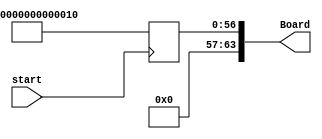
`timescale 1ns / 1ps
//////////////////////////////////////////////////////////////////////////////////
// Company: 
// Engineer: 
// 
// Design Name: 
// Module Name:    StartGame 
// Project Name: 
// Target Devices: 
// Tool versions: 
// Description: 
//
// Dependencies: 
//
// Revision: 
// Revision 0.01 - File Created
// Additional Comments: 
//
//////////////////////////////////////////////////////////////////////////////////
module StartGame(
   input wire start,
	//input wire clk,
	output wire [63:0] Board
    );
	reg [63:0] slots = {1'b0, 1'b0, 1'b0, 1'b0, 1'b0, 1'b0, 1'b0, 1'b0,
	                    1'b0, 1'b0, 1'b0, 1'b0, 1'b0, 1'b0, 1'b0, 1'b0,
					        1'b0, 1'b0, 1'b0, 1'b0, 1'b0, 1'b0, 1'b0, 1'b0,
		        			  1'b0, 1'b0, 1'b0, 1'b0, 1'b0, 1'b0, 1'b0, 1'b0,
		        		     1'b0, 1'b0, 1'b0, 1'b0, 1'b0, 1'b0, 1'b0, 1'b0,
		        		     1'b0, 1'b0, 1'b0, 1'b0, 1'b0, 1'b0, 1'b0, 1'b0,
			        		  1'b0, 1'b0, 1'b0, 1'b0, 1'b0, 1'b0, 1'b0, 1'b0,
			        		  1'b0, 1'b0, 1'b0, 1'b0, 1'b0, 1'b0, 1'b0, 1'b0
			        	     };
   //wire [63:0] TmpBoard;
	
   //GenerateNewNumber e0(.ifDo(start), .slots(slots), .board(TmpBoard));
	//GenerateNewNumber e1(.ifDo(start), .slots(TmpBoard), .board(Board));
	always@(posedge start) begin
	   slots = {1'b0, 1'b0, 1'b0, 1'b0, 1'b0, 1'b0, 1'b0, 1'b1,
	            1'b0, 1'b0, 1'b0, 1'b0, 1'b0, 1'b0, 1'b0, 1'b0,
					1'b0, 1'b0, 1'b0, 1'b0, 1'b0, 1'b0, 1'b0, 1'b0,
					1'b0, 1'b0, 1'b0, 1'b0, 1'b0, 1'b0, 1'b0, 1'b0,
					1'b0, 1'b0, 1'b0, 1'b0, 1'b0, 1'b0, 1'b0, 1'b0,
					1'b0, 1'b0, 1'b0, 1'b0, 1'b0, 1'b0, 1'b0, 1'b0,
					1'b0, 1'b0, 1'b0, 1'b0, 1'b0, 1'b0, 1'b0, 1'b0,
					1'b0, 1'b0, 1'b0, 1'b1, 1'b0, 1'b0, 1'b0, 1'b0
				   };
	end
	assign Board = slots;
	
endmodule